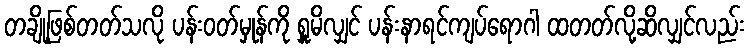
တချို့ဖြစ်တတ်သလို ပန်းဝတ်မှုန်ကို ရှူမိလျှင် ပန်းနာရင်ကျပ်ရောဂါ ထတတ်လို့ဆိလျှင်လည်း